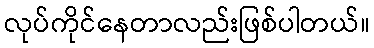
လုပ်ကိုင်နေတာလည်းဖြစ်ပါတယ်။